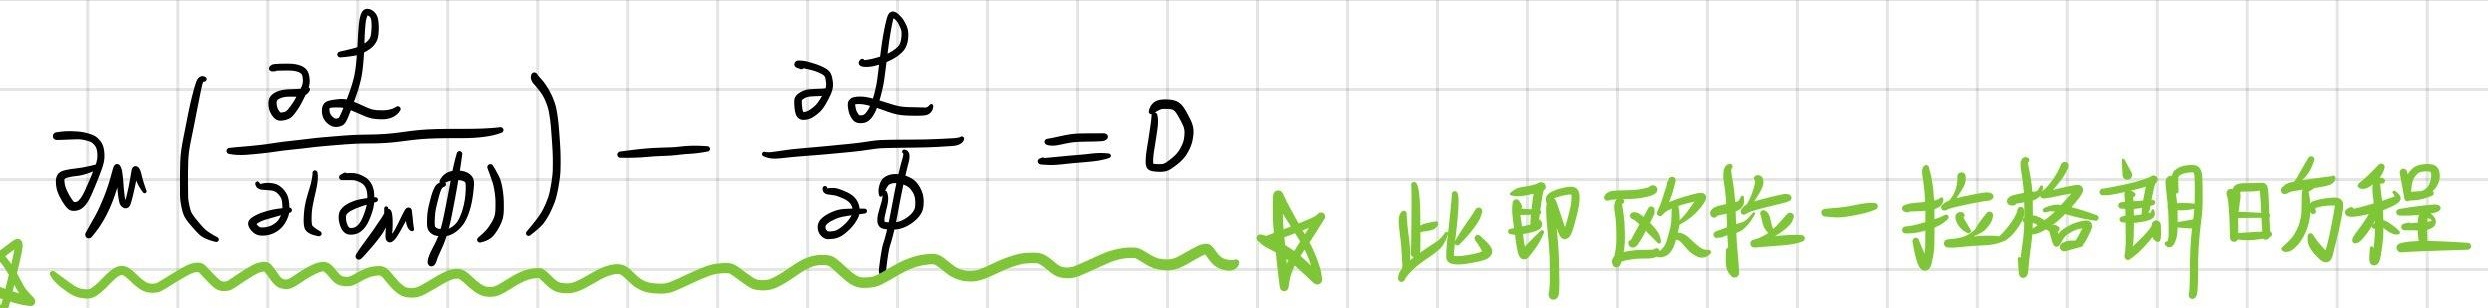
$\partial _\mu \left(\frac{\partial \mathcal{L}}{\partial (\partial _\mu \phi)}\right)-\frac{\partial \mathcal{L}}{\partial \phi}=0$ 此即欧拉一拉格朗日方程